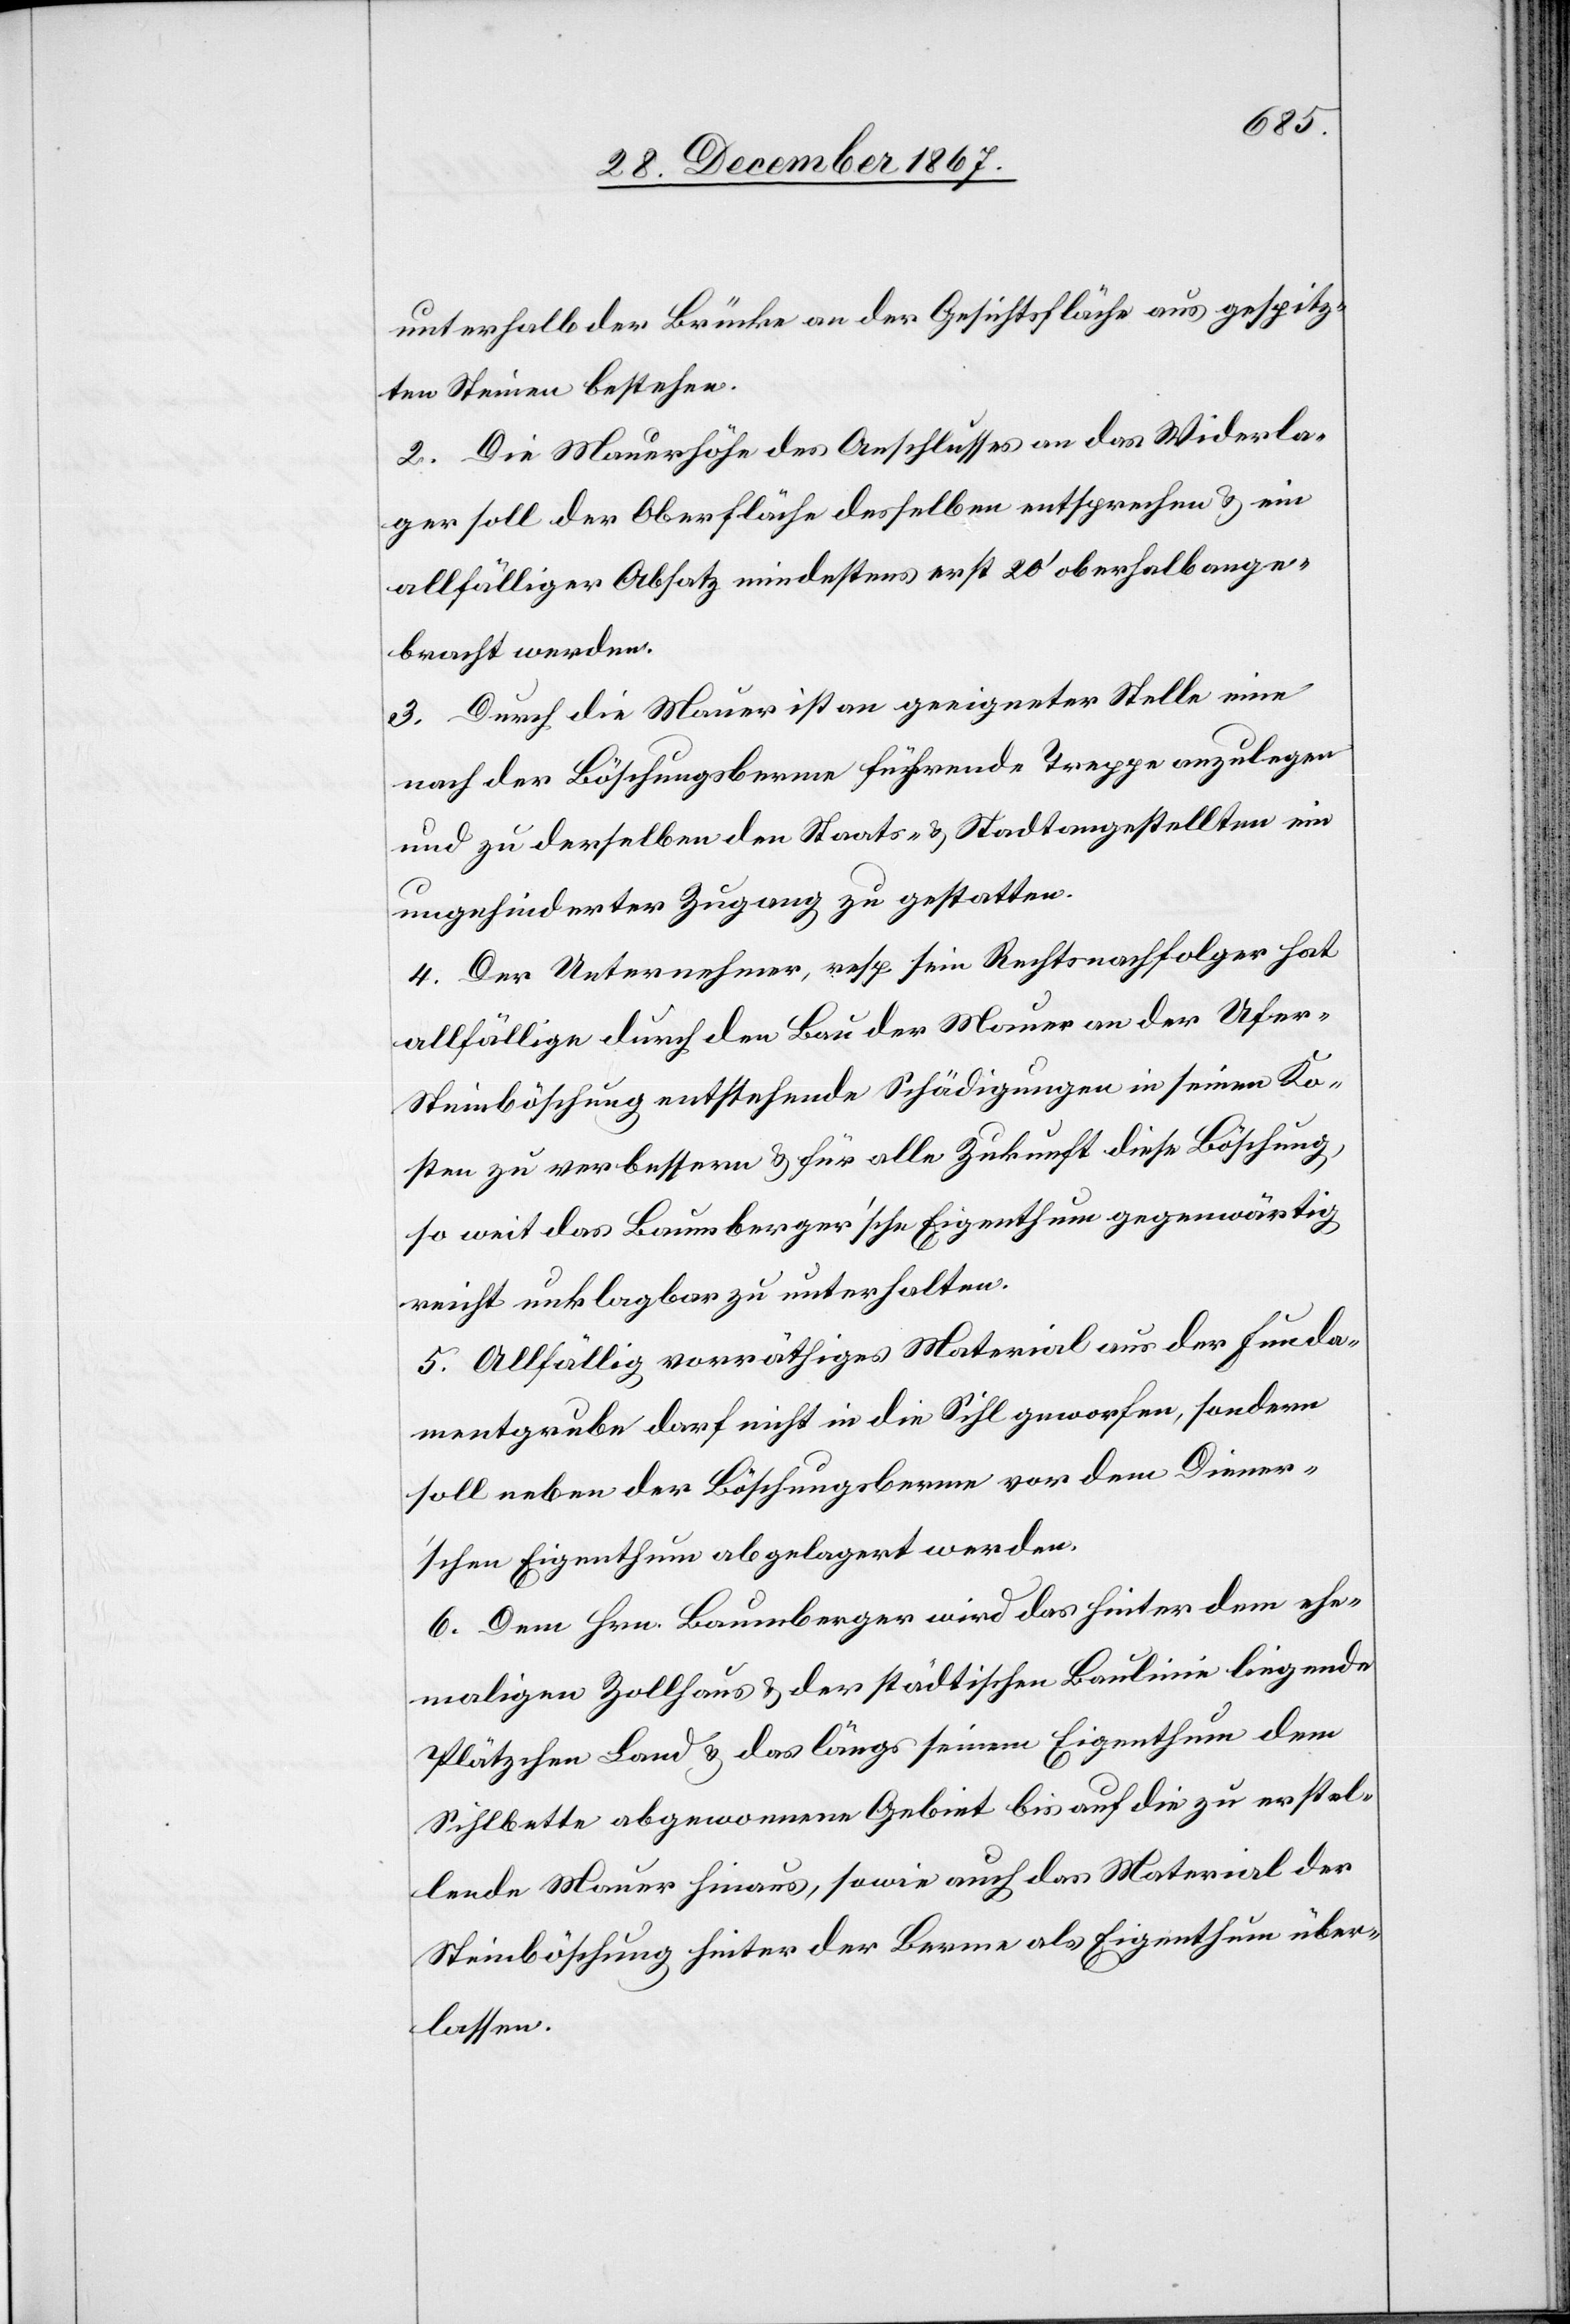
unterhalb der Brücke an der Gesichtsfläche aus gespitz¬
ten Steinen bestehen.
2. Die Mauerhöhe des Anschlusses an das Widerla¬
ger soll der Oberfläche desselben entsprechen u. ein
allfälliger Absatz mindestens erst 20‘ oberhalb ange¬
bracht werden.
3. Durch die Mauer ist an geeigneter Stelle eine
nach der Böschungsberme führende Treppe anzulegen
und zu derselben den Staats- u. Stadtangestellten ein
ungehinderter Zugang zu gestatten.
4. Der Unternehmer, resp. sein Rechtsnachfolger hat
allfällige durch den Bau der Mauer an der Ufer-S¬
teinböschung entstehende Schädigungen in seinen Ko¬
sten zu verbessern u. für alle Zukunft diese Böschung,
so weit das Baumberger’sche Eigenthum gegenwärtig
reicht unklagbar zu unterhalten.
5. Allfällig vorräthiges Material aus der Funda¬
mentgrube darf nicht in die Sihl geworfen, sondern
soll neben der Böschungsberme vor dem Diener’s¬
chen Eigenthum abgelagert werden.
6. Dem Hrn. Baumberger wird das hinter dem ehe¬
maligen Zollhaus u. der städtischen Baulinie liegende
Plätzchen Land u. das längs seinem Eigenthum dem
Sihlbette abgewonnene Gebiet bis auf die zu erstel¬
lende Mauer hinaus, sowie auch das Material der
Steinböschung hinter der Berme als Eigenthum über¬
lassen.